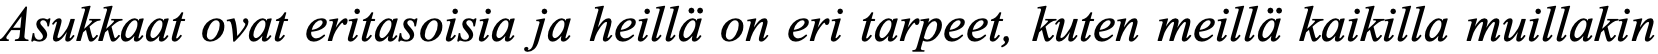
Asukkaat ovat eritasoisia ja heillä on eri tarpeet, kuten meillä kaikilla muillakin